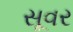
સૂવર